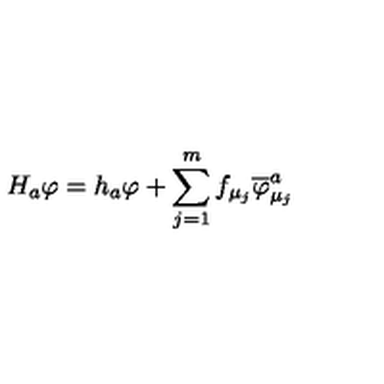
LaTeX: H _ { a } \varphi = h _ { a } \varphi + \sum _ { j = 1 } ^ { m } f _ { \mu _ { j } } \overline { { \varphi } } _ { \mu _ { j } } ^ { a }